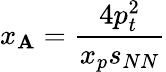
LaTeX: x_{\mathbf{A}}={\frac{{4p_{t}^{2}}}{{x_{p}s_{NN}}}}